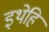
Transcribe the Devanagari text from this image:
इथेहि